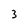
Character: 3